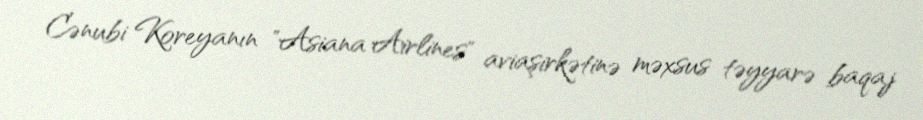
Cənubi Koreyanın "Asiana Airlines" aviaşirkətinə məxsus təyyarə baqaj